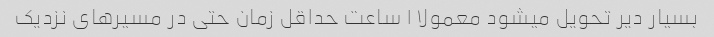
بسیار دیر تحویل میشود معمولا ۱ ساعت حداقل زمان حتی در مسیر‌های نزدیک